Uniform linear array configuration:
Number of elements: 24
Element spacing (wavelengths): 0.75
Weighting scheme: cosine
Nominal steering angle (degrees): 0
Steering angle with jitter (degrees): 0.7511
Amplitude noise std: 0.05
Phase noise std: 0.05

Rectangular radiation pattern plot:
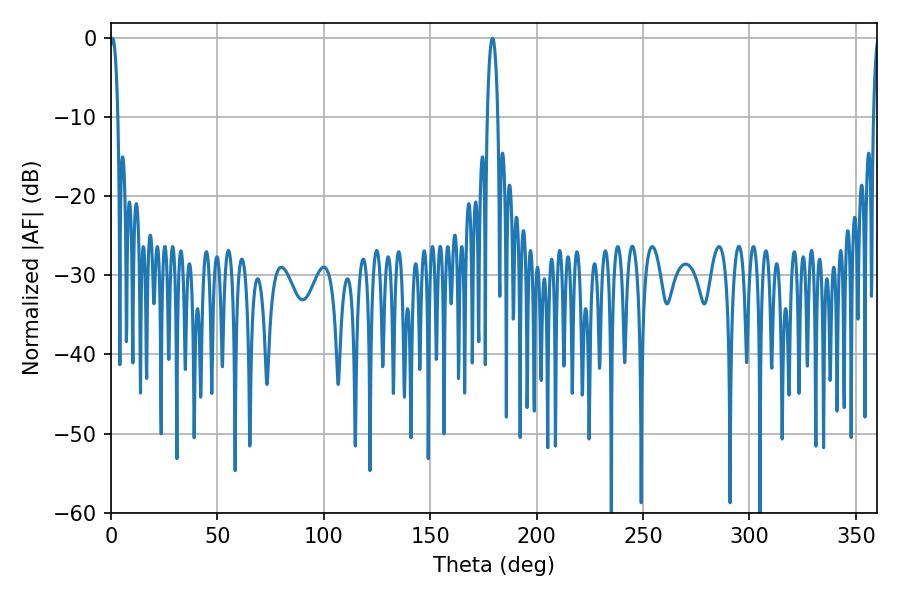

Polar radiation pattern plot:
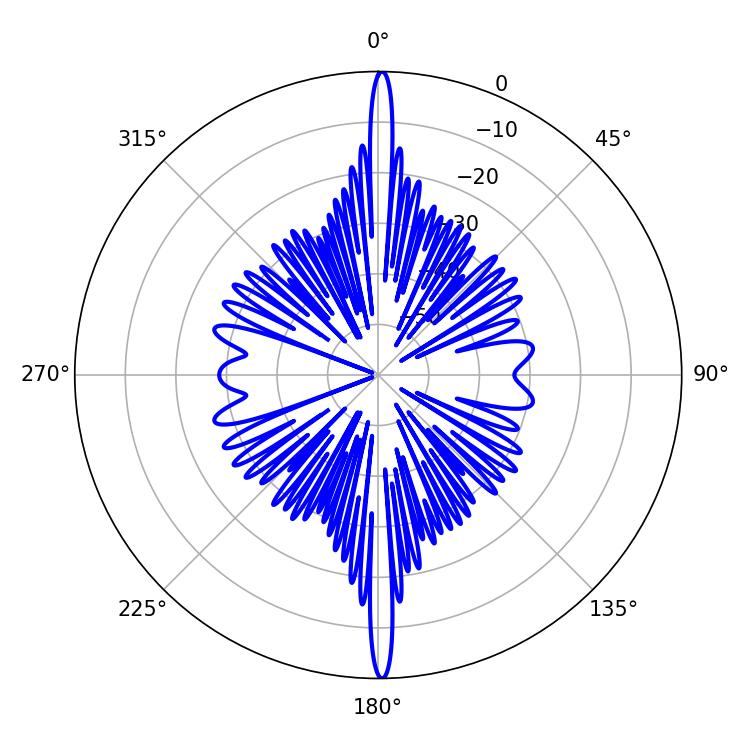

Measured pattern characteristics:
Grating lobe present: TRUE
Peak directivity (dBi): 33.018
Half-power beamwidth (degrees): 2.16
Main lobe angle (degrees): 0.72